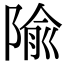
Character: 隃